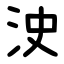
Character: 㳏